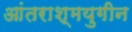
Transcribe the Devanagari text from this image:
आंतराश्मयुगीन